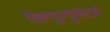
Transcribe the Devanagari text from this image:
ऐक्युम्युलेटर्स